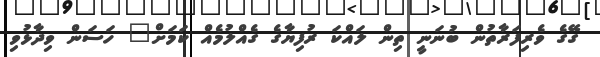
ގޭގެ ވެރިފަރާތުން ބުނަނީ ތިން ލައްކަ ރުފިޔާގެ ގެއްލުމެއް ކަމަށް" ހަސަން ވިދާޅުވި